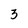
Character: 3